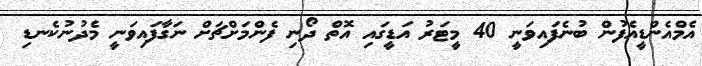
އެމްއެންޑީއެފުން ބުނެފައިވަނީ 40 މީޓަރު އަޑީގައި އޮތް ދޯނި ފެންމަށްޗަށް ނަގާފައިވަނީ މެދުނުކެނޑި